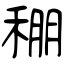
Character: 稝